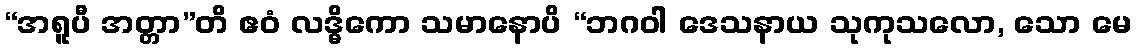
“အရူပီ အတ္တာ”တိ ဧဝံ လဒ္ဓိကော သမာနောပိ “ဘဂဝါ ဒေသနာယ သုကုသလော, သော မေ